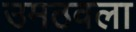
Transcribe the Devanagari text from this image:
उमठवला